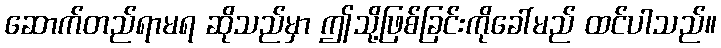
ဆောက်တည်ရာမရ ဆိုသည်မှာ ဤသို့ဖြစ်ခြင်းကိုခေါ်မည် ထင်ပါသည်။